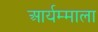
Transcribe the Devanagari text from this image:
आर्यम्माला